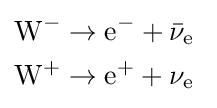
{\begin{aligned}\mathrm {W} ^{-}&\to \mathrm {e} ^{-}+{\bar {\nu }}_{\mathrm {e} }~\\\mathrm {W} ^{+}&\to \mathrm {e} ^{+}+\nu _{\mathrm {e} }~\end{aligned}}